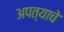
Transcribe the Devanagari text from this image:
अपत्याचे